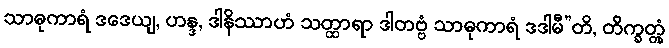
သာဓုကာရံ ဒဒေယျ, ဟန္ဒ, ဒါနိဿာဟံ သတ္ထာရာ ဒါတဗ္ဗံ သာဓုကာရံ ဒဒါမီ”တိ, တိက္ခတ္တုံ